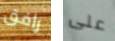
رافق على